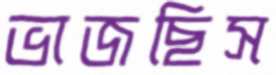
ভাজছিস